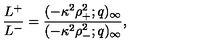
\frac { L ^ { + } } { L ^ { - } } = \frac { ( - \kappa ^ { 2 } \rho _ { + } ^ { 2 } ; q ) _ { \infty } } { ( - \kappa ^ { 2 } \rho _ { - } ^ { 2 } ; q ) _ { \infty } } ,